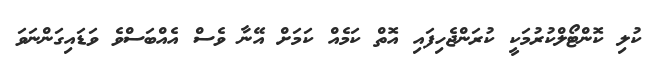
ކުލި ކޮންޓޯލްކުރުމަކީ ކުރަންޖެހިފައި އޮތް ކަމެއް ކަމަށް އޭނާ ވެސް އެއްބަސްވެ ވަޑައިގަންނަވަ